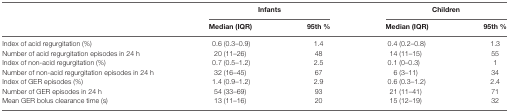
<table><thead><tr><td></td><td colspan="2"><b>Infants</b></td><td colspan="2"><b>Children</b></td></tr><tr><td></td><td><b>Median (IQR)</b></td><td><b>95th %</b></td><td><b>Median (IQR)</b></td><td><b>95th %</b></td></tr></thead><tbody><tr><td>Index of acid regurgitation (%)</td><td>0.6 (0.3–0.9)</td><td>1.4</td><td>0.4 (0.2–0.8)</td><td>1.3</td></tr><tr><td>Number of acid regurgitation episodes in 24 h</td><td>20 (11–26)</td><td>48</td><td>14 (11–15)</td><td>55</td></tr><tr><td>Index of non-acid regurgitation (%)</td><td>0.7 (0.5–1.2)</td><td>2.5</td><td>0.1 (0–0.3)</td><td>1</td></tr><tr><td>Number of non-acid regurgitation episodes in 24 h</td><td>32 (16–45)</td><td>67</td><td>6 (3–11)</td><td>34</td></tr><tr><td>Index of GER episodes (%)</td><td>1.4 (0.9–1.2)</td><td>2.9</td><td>0.6 (0.3–1.2)</td><td>2.4</td></tr><tr><td>Number of GER episodes in 24 h</td><td>54 (33–69)</td><td>93</td><td>21 (11–41)</td><td>71</td></tr><tr><td>Mean GER bolus clearance time (s)</td><td>13 (11–16)</td><td>20</td><td>15 (12–19)</td><td>32</td></tr></tbody></table>